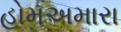
હોમઅમારા